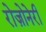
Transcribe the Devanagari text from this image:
रोज़ोनेरी